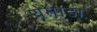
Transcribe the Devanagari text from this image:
येनाडा